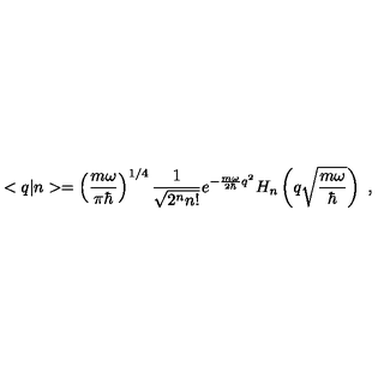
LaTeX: < q | n > = \left( \frac { m \omega } { \pi \hbar } \right) ^ { 1 / 4 } \frac { 1 } { \sqrt { 2 ^ { n } n ! } } e ^ { - \frac { m \omega } { 2 \hbar } q ^ { 2 } } H _ { n } \left( q \sqrt { \frac { m \omega } { \hbar } } \right) \ ,